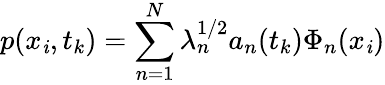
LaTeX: p(x_{\mathit{i}},t_{k})=\sum_{n=1}^{N}\lambda_{n}^{1/2}a_{n}(t_{k})\Phi_{n}(x_{\mathit{i}})